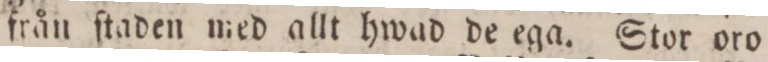
från ſtaden med allt hwad de ega. Stor oro